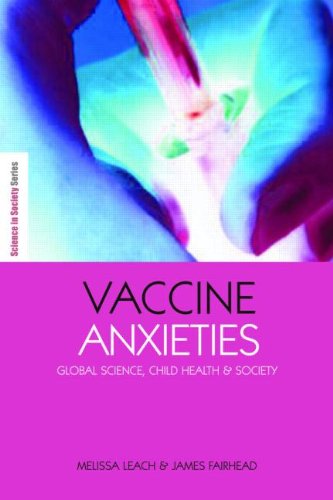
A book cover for Vaccine Anxieties: Global Science, Child Health and Society (The Earthscan Science in Society Series); Melissa Leach; Medical Books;